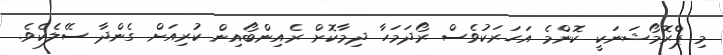
މި ޕްރޮމޯޝަނަކީ ކޮންމެ އަހަރަކުވެސް ރޯދަމަހާ ދިމާކޮށް ރެއިންބޯއިން ކުރިއަށް ގެންދާ ސޭލެކެވެ.